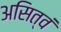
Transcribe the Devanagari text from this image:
असित्वं